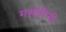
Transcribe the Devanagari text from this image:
मसोरिनी